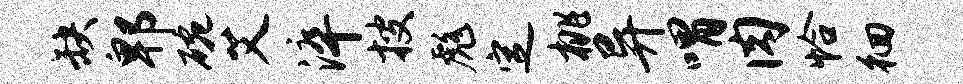
缺郫碗艾淬搜彪定桃异喟肉恰徊